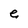
Character: e